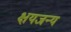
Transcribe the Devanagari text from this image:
क्षयजन्य